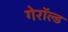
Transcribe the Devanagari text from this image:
गेरॉल्ड